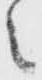
之